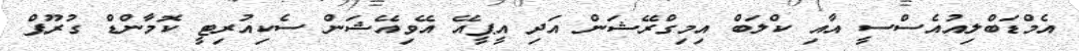
އެމްޑަބްލިއުއެސްސީ އާއި ކްލަބް އިމިގްރޭޝަން އަދި އީޕީއޭ އޭވިއޭޝަން ސެކިއުރިޓީ ކޮމާންޑް ގުރޫޕް